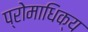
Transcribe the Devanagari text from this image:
प्रोमाधिक्य